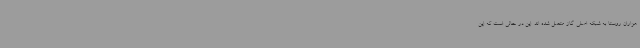
هزاران روستا به شبکه اصلی گاز متصل شده اند. این در حالی است که این